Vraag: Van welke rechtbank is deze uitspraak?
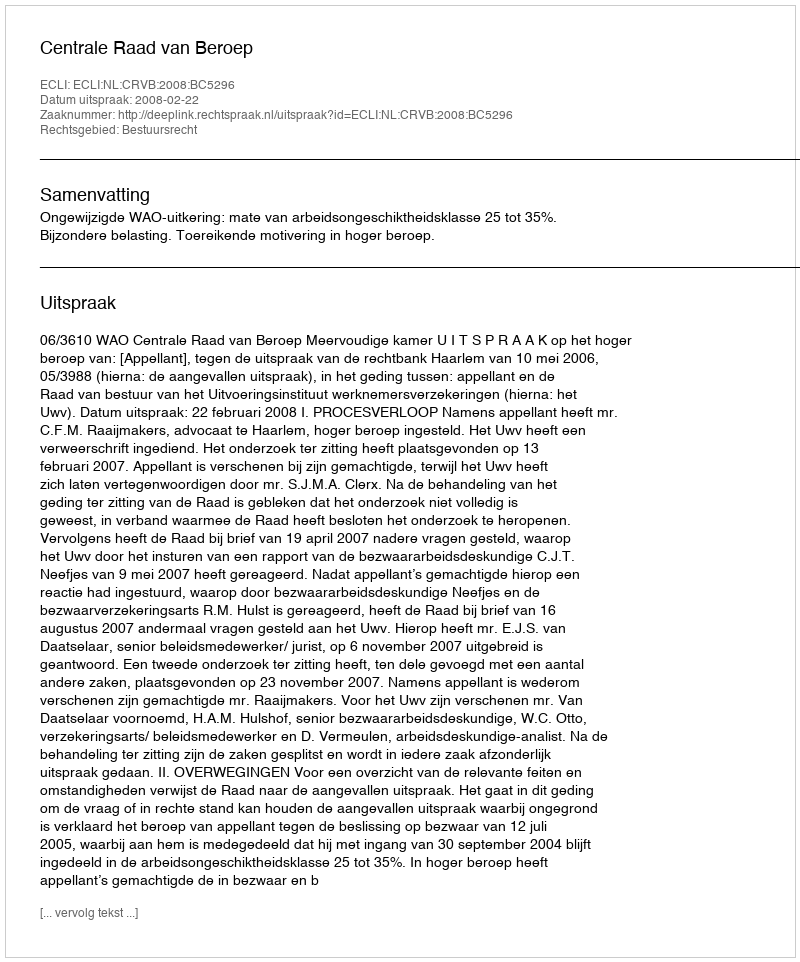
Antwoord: Centrale Raad van Beroep